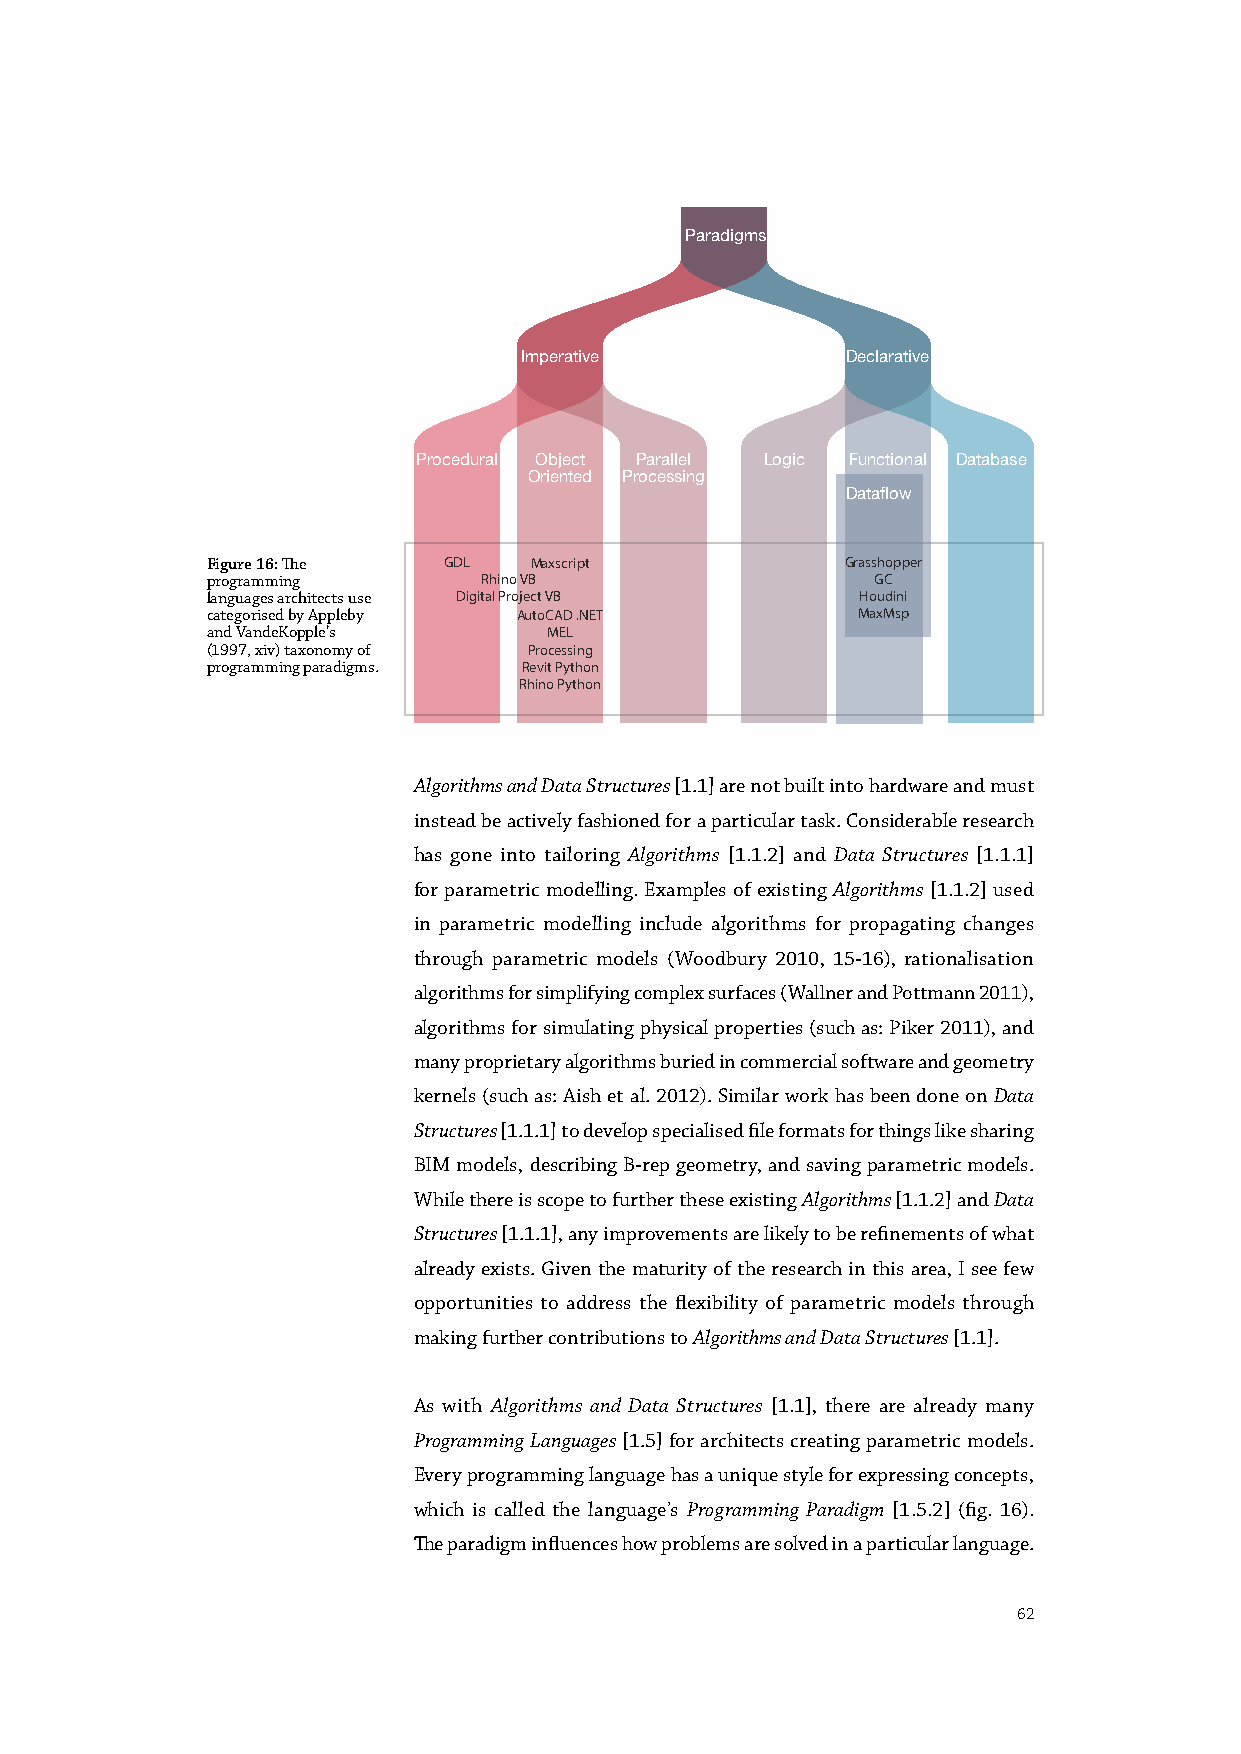
Paradigms
 Imperative            Declarative
 Procedural Object Parallel Logic Functional Database
 Oriented Processing
 Dataflow
 Figure 16: The GDL   Maxscript            Grasshopper
 programming       Rhino VB                  GC
 languages architects use Digital Project VB Houdini
 categorised by Appleby AutoCAD .NET        MaxMsp
 and VandeKopple’s     MEL
 (1997, xiv) taxonomy of Processing
 programming paradigms. Revit Python
 Rhino Python
 Algorithms and Data Structures [1.1] are not built into hardware and must
 instead be actively fashioned for a particular task. Considerable research
 has gone into tailoring Algorithms [1.1.2] and Data Structures [1.1.1]
 for parametric modelling. Examples of existing Algorithms [1.1.2] used
 in parametric modelling include algorithms for propagating changes
 through parametric models (Woodbury 2010, 15-16), rationalisation
 algorithms for simplifying complex surfaces (Wallner and Pottmann 2011),
 algorithms for simulating physical properties (such as: Piker 2011), and
 many proprietary algorithms buried in commercial software and geometry
 kernels (such as: Aish et al. 2012). Similar work has been done on Data
 Structures [1.1.1] to develop specialised file formats for things like sharing
 BIM models, describing B-rep geometry, and saving parametric models.
 While there is scope to further these existing Algorithms [1.1.2] and Data
 Structures [1.1.1], any improvements are likely to be refinements of what
 already exists. Given the maturity of the research in this area, I see few
 opportunities to address the flexibility of parametric models through
 making further contributions to Algorithms and Data Structures [1.1].
 As with Algorithms and Data Structures [1.1], there are already many
 Programming Languages [1.5] for architects creating parametric models.
 Every programming language has a unique style for expressing concepts,
 which is called the language’s Programming Paradigm [1.5.2] (fig. 16).
 The paradigm influences how problems are solved in a particular language.
 62